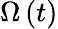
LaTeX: \Omega\left(t\right)